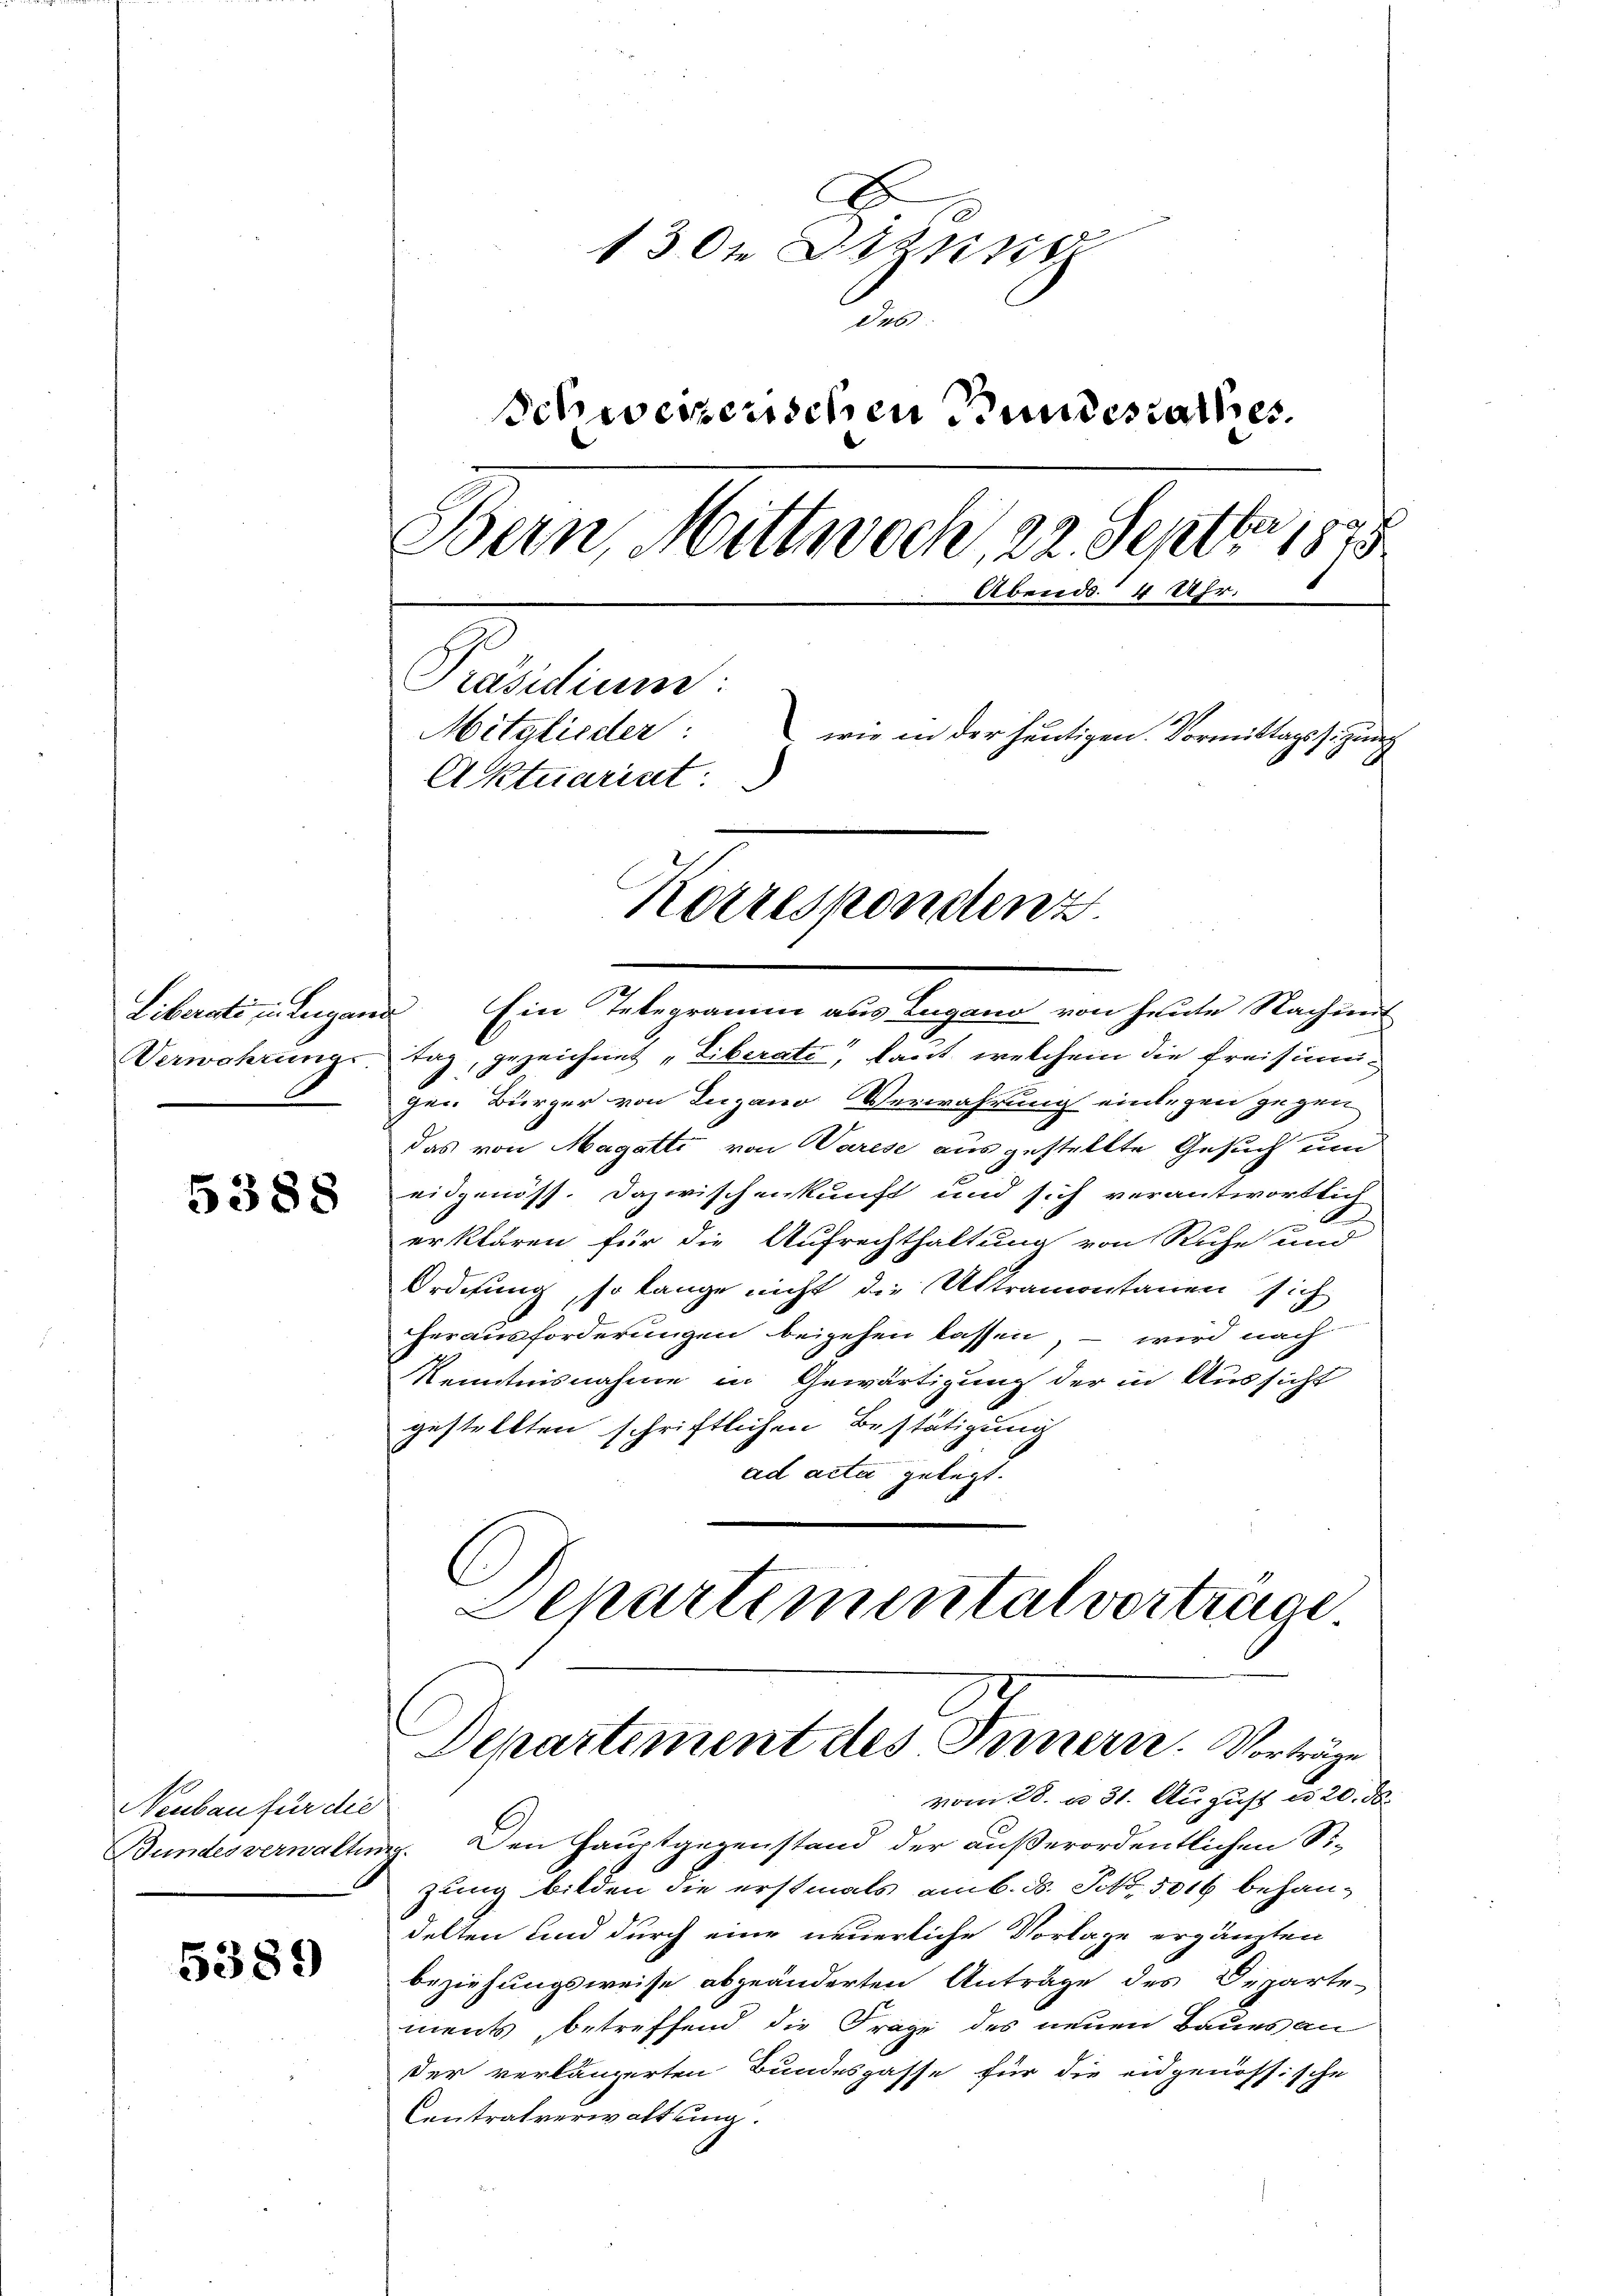
Liberati in Lungen.
Verwahrungs

5388

Neubau für die
Bundesverwalt

5389

2
130t Arzens
die
Schweizerischen Bundesrathes
Bern, Mittwoch, 22. Septbr. 1875
Abends 4 Uhr.
Präsidium:
Mitglieder: wie in der heutigen Vormittagssizung
Aktuariat

Korrespondenz

Ein Telegramm aus Lugano von heute Nachung
s
daz, gezeichnet „Liberate, kant, welchem die freisimu-
ger. Bürger von Lugano Verwahrung einlegen gegen
das von Magatti von Varese ausgestellte Gesuch um
eidgenöss. Dazwischenkunft und sich verantwortlich
.
2
erklären für die Aufrechthaltung von Ruhe und
Ordnung, so lange nicht die Ultramontanen sich
herausforderungen beigehen lassen, – wird nach
Kenntnisnahme in Gewärtigung der in Aussicht
gestellten schriftlichen Bestätigung
ad acta gelegt.
C
Departemental vortrage
Departement des Innern. Vorträge
vom 28. u. 31. August u. 20. d.
. Den Hauptgegenstand der außerordentlichen Si-
zung bilden die erstmals am 6. ds. No. 5016 behandelten und durch eine neuerliche Vorlage ergänzten
beziehungsweise abgeänderten Anträge des Departe-
ments, betreffend die Frage des neuen Baues an
der verlängerten Bundesgasse für die eidgenössische
Centratverwaltung.